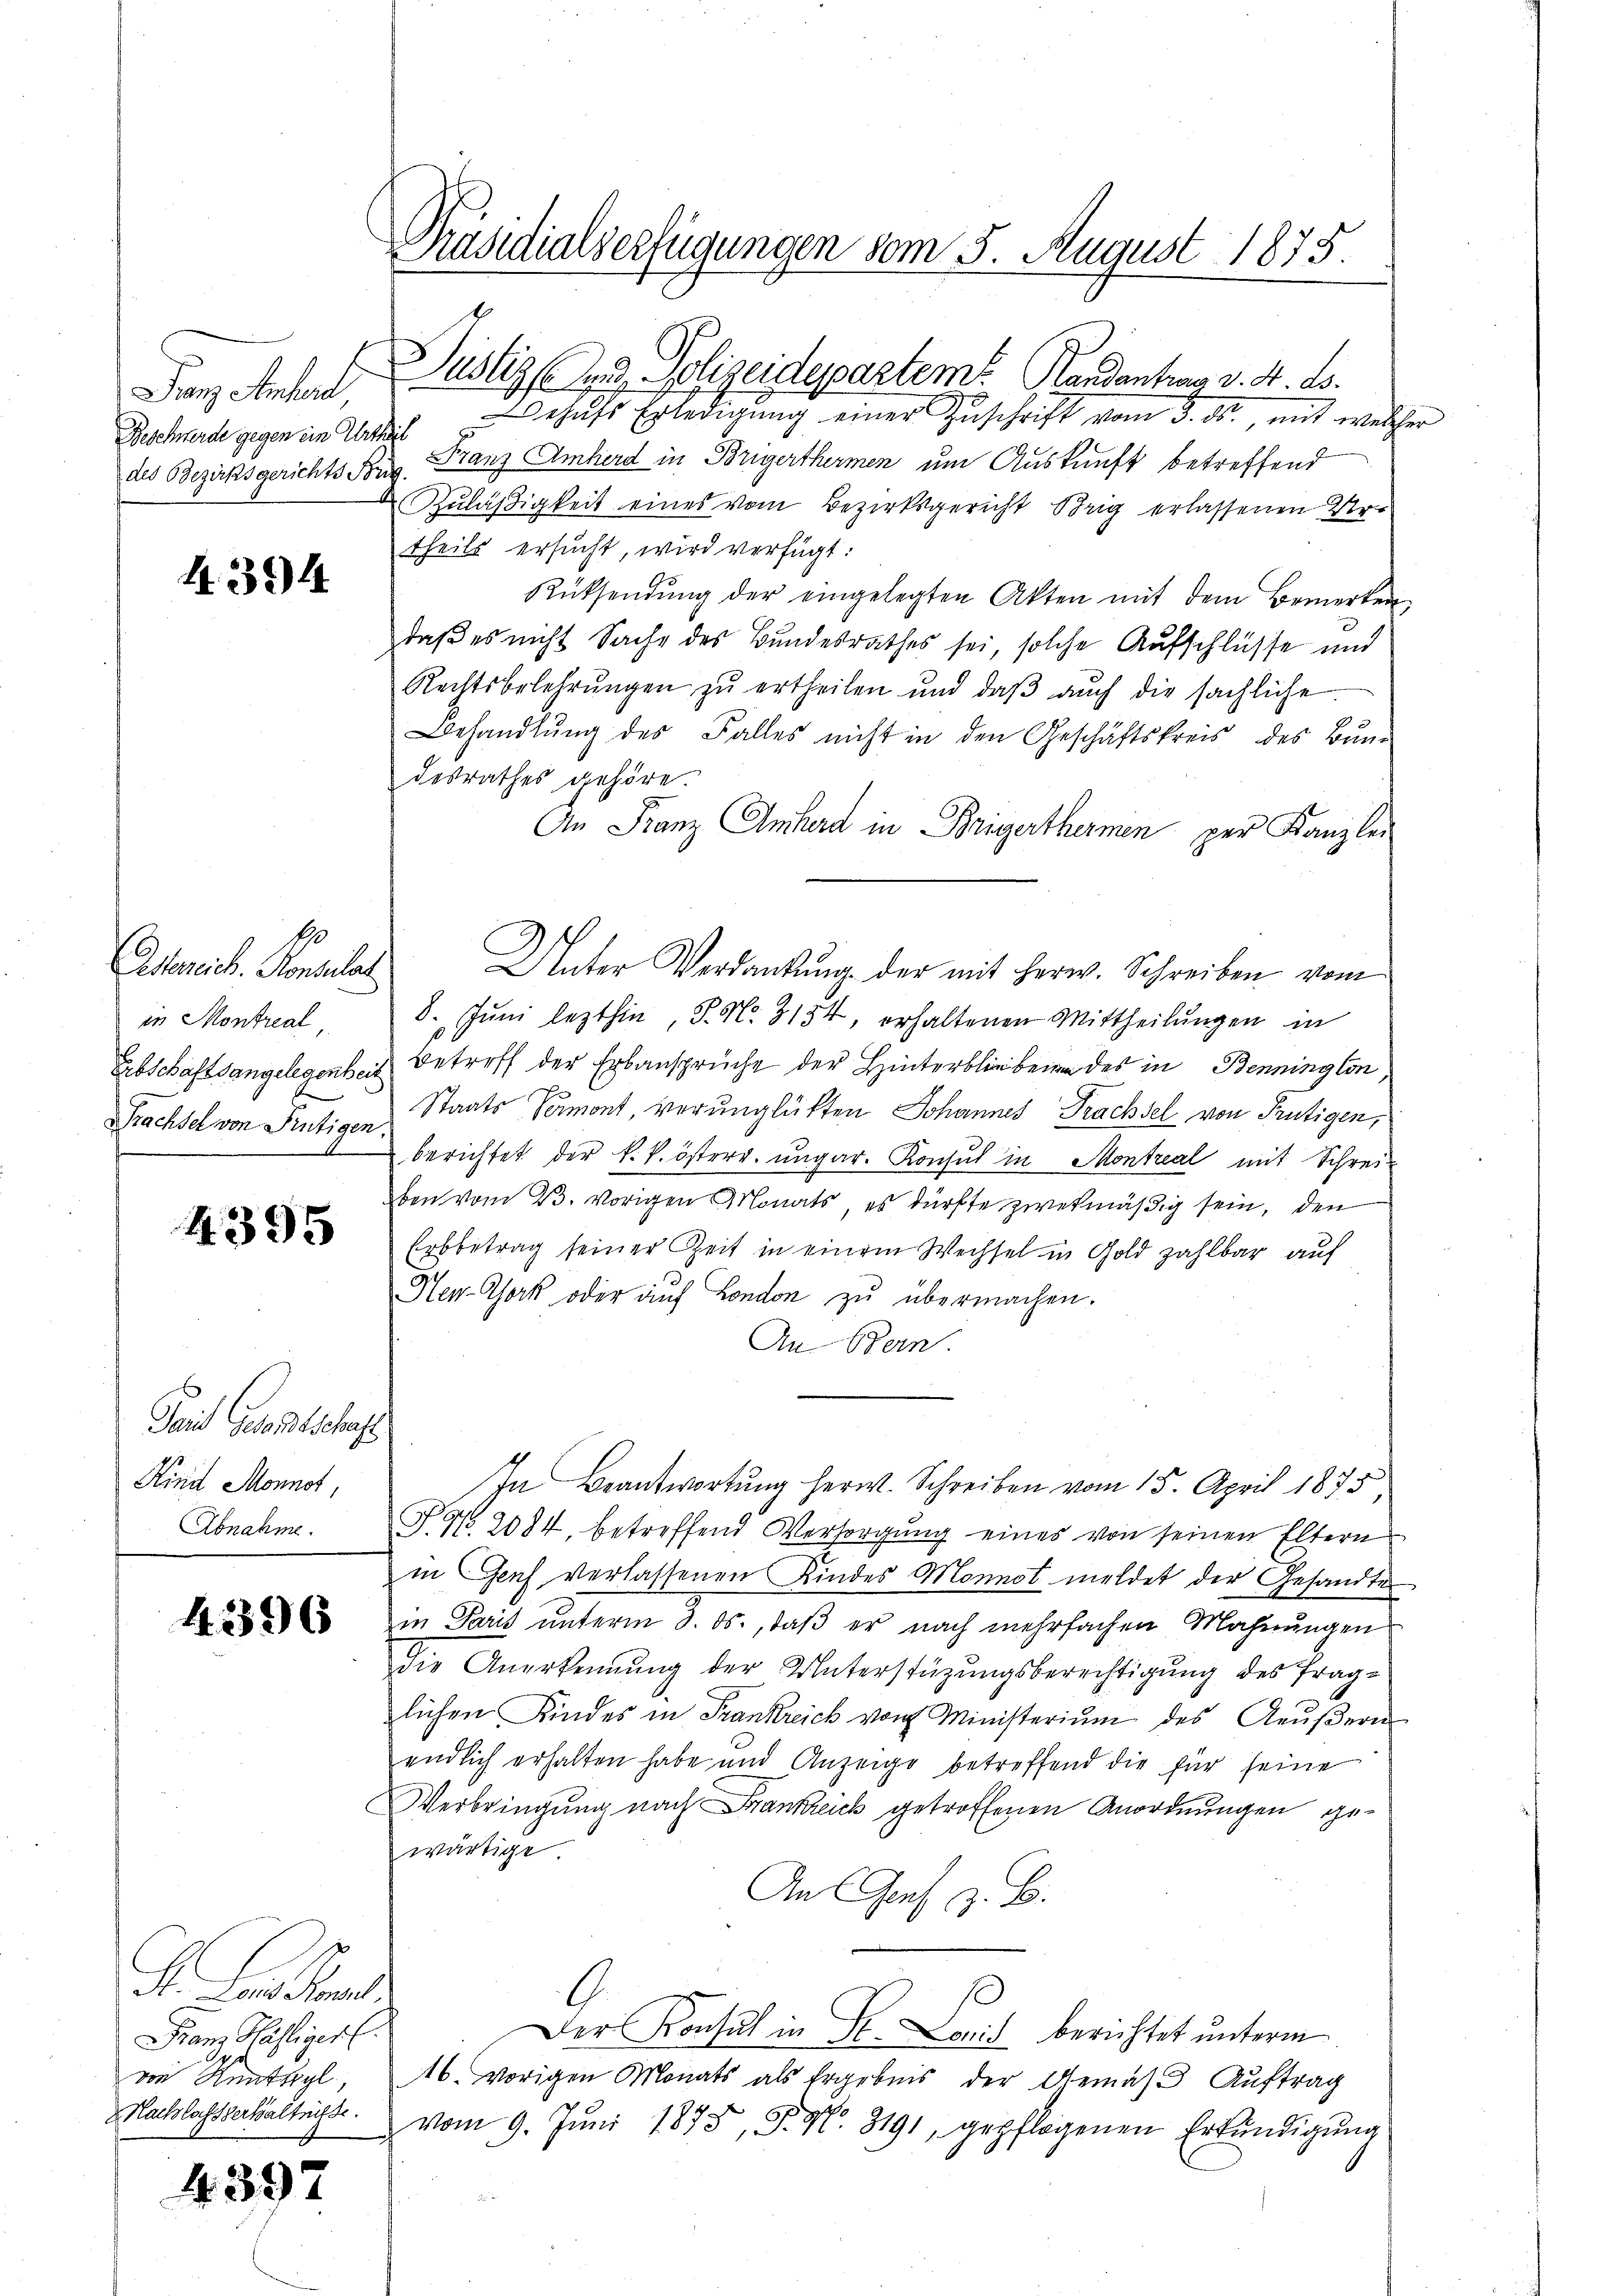
Franz erhalt
des Bezirksgerichts Foug.

4. 364

l
Asterreich. Konsulat
in Montreal,
rachsel von Frutigen.

4395

Taid Gesandtschaft
Kind Monnst,
Abnahme.

4396

F. L. Stand
Franz Häfliger
von Kathyl,

4397

Präsidialverfügungen vom 5. August 1875.

Justiz und Polizeidepartem Handantrag v. 4. ds.
Buchard gegen im Uetlich behŭfs Erledigung einer Zuschrift vom 3. ds., mit welcher
Franz Amherd in Brigerthermen um Auskunft betreffend
Zuläßigkeit eines vom Bezirksgericht Brig erlassenen Vertheils ersucht, wird verfügt:
Rücksendŭng der eingelegten Akten mit dem Bemerken,
daß es nicht Sache des Bundesrathes sei, solche Aufschlüsse und
Rechtsbelehrŭngen zŭ ertheilen und daβ aŭch die sächliche
Behandlŭng des Falles nicht in den Geschäftskreis des Bun-
desrathes gehöre.
An Franz Umherd in Brigerthermen per Kanzlei
Unter Verdankung der mit herw. Schreiben vom
8. Jŭni lezthin, S. Nr. 3154, erhaltenen Mittheilŭngen in
Erbschaftsangelegenheit Betreff der Erbansprüche der Hinterbliebenen des in Bennington
Staats Veront, verunglükten Johannes Trachsel von Frutigen,
berichtet der k. k. österr. ungar. Konsul in Montreal mit Schreiben vom 23. vorigen Monats, es dürfte zwekmäßig sein, den
Erbbetrag seiner Zeit in einem Wechsel in Gold zahlbar auf
Hew-York oder auf London zu übermachen.
An Bern.
In Beantwortung herw. Schreiben vom 15. April 1875
T. No. 2084, betreffend Versorgung eines von seinen Eltern
in Genf verlassenen Kindes Monnot meldet der Gesandten
in Paris unterm 3. ds., daß er nach mehrfachen Mahnungen
Die Anerkennung der Unterstüzungsberechtigung des fraglichen Kindes in Frankreich von Ministerium des Aeŭβern
endlich erhalten habe und Anzeige betreffend die für seine
Verbringung nach Frankreich getroffenen Anordnungen gewärtige
An Genf z. B.
Der Konsul in St. Land berichtet unterm
16. vorigen Monats als Ergebnis der Gemäss Aŭftrag
Mahslasserhaltung vom 9. Jŭni 1873, S. N. 8191, gepflogenen Erkŭndigŭng